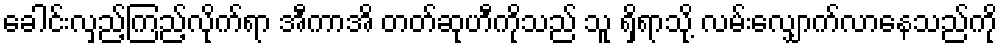
ခေါင်းလှည့်ကြည့်လိုက်ရာ အီကာအိ တတ်ဆုဟီကိုသည် သူ ရှိရာသို့ လမ်းလျှောက်လာနေသည်ကို